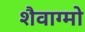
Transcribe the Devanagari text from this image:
शैवाग्मो